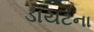
ડાયટના